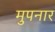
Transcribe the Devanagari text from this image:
मुपनार